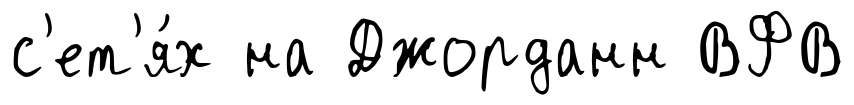
с'ет'я́х на Джорданн ВФВ